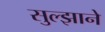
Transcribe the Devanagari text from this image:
सुल्झाने